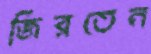
জিরতেন